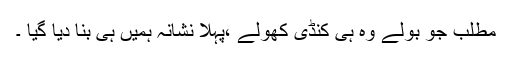
مطلب جو بولے وہ ہی کنڈی کھولے ،پہلا نشانہ ہمیں ہی بنا دیا گیا ۔